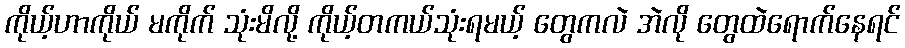
ကိုယ့်ဟာကိုယ် မကိုက် သုံးမိလို့ ကိုယ့်တကယ်သုံးရမယ့် တွေကလဲ အဲလို တွေထဲရောက်နေရင်